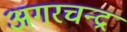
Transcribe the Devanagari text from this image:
अगरचन्द्र